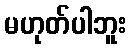
မဟုတ်ပါဘူး